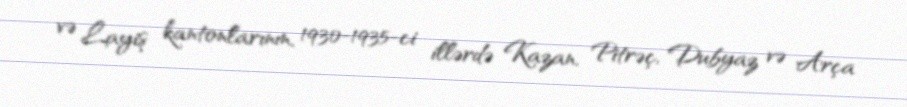
və Layiş kantonlarının, 1930-1935-ci illərdə Kazan, Pitrəç, Dubyaz və Arça